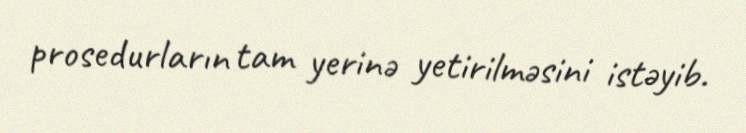
prosedurların tam yerinə yetirilməsini istəyib.